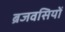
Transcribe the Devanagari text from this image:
ब्रजवसियों